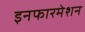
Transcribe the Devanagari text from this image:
इनफारमेशन